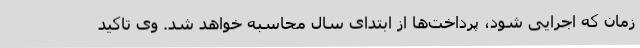
زمان که اجرایی شود، پرداخت‌ها از ابتدای سال محاسبه خواهد شد. وی تاکید